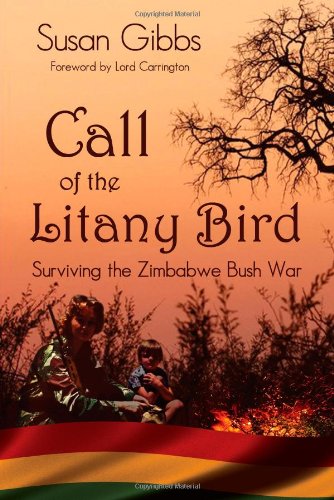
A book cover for Call of the Litany Bird; Susan Gibbs; History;